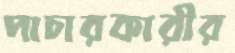
পাচারকারীর